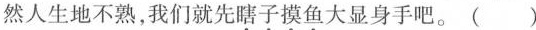
然人生地不熟，我们就先瞎子摸鱼大显身手吧。( )